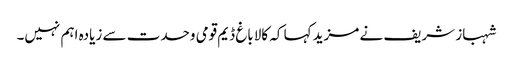
شہباز شریف نے مزید کہا کہ کالاباغ ڈیم قومی وحدت سے زیادہ اہم نہیں۔